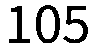
105